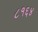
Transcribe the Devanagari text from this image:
८१६४